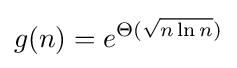
g(n)=e^{\Theta ({\sqrt {n\ln n}})}